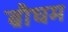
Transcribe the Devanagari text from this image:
ब्रौघम